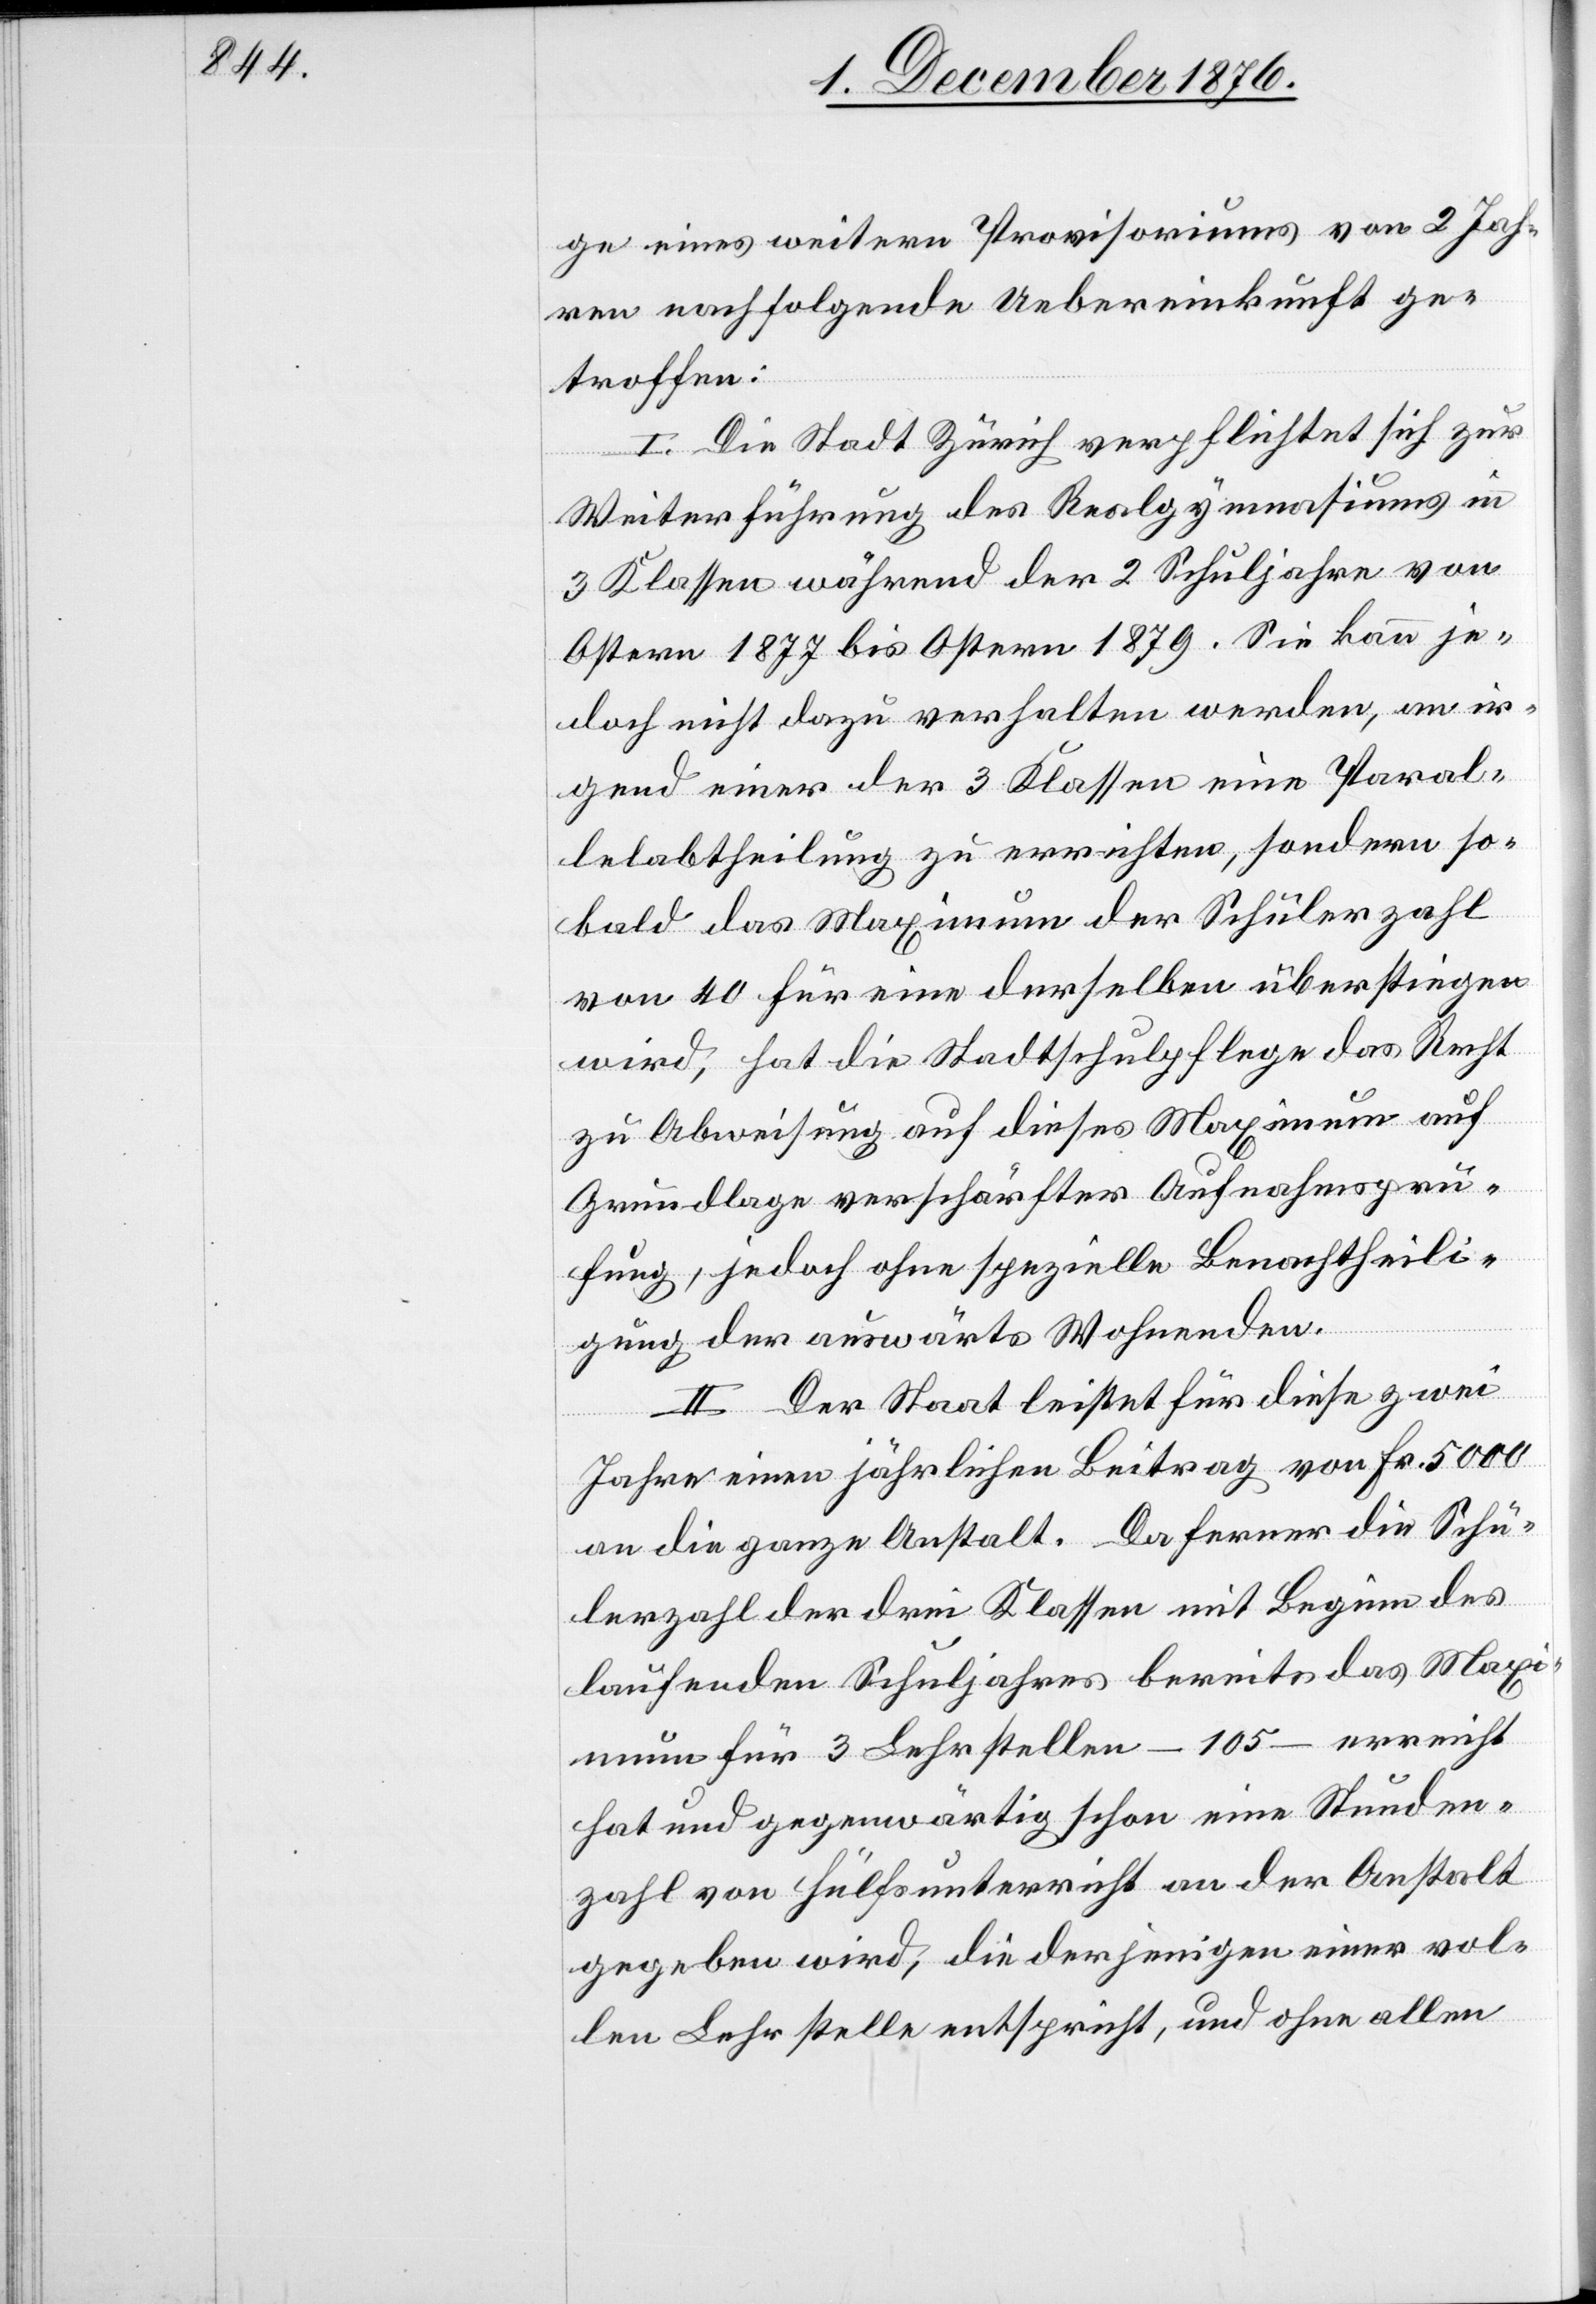
ge eines weiterm Provisoriums von 2 Jah¬
ren nachfolgende Uebereinkunft ge¬
troffen:
I. Die Stadt Zürich verpflichtet sich zur
Weiterführung des Realgymnasiums in
3 Klassen während der 2 Schuljahre von
Ostern 1877 bis Ostern 1879. Sie kann je¬
doch nicht dazu verhalten werden, an ir¬
gend einer der 3 Klassen eine Paral¬
lelabtheilung zu errichten, sondern so¬
bald das Maximum der Schülerzahl
von 40 für eine derselben überstiegen
wird, hat die Stadtschulpflege das Recht
zu Abweisung auf dieses Maximum auf
Grundlage verschärfter Aufnahmsprü¬
fung, jedoch ohne spezielle Benachtheili¬
gung der auswärts Wohnenden.
II. Der Staat leistet für diese zwei
Jahre einen jährlichen Beitrag von Fr. 5000
an die ganze Anstalt. Da ferner die Schü¬
lerzahl der drei Klassen mit Beginn des
laufenden Schuljahres bereits das Maxi¬
mum für 3 Lehrstellen – 105 – erreicht
hat und gegenwärtig schon eine Stunden¬
zahl von Hülfsunterricht an der Anstalt
gegeben wird, die derjenigen einer vol¬
len Lehrstelle entspricht, und ohne allen